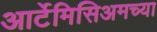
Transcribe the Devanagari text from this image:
आर्टेमिसिअमच्या